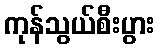
ကုန်သွယ်စီးပွား